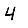
Digit: 4